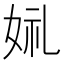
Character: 𫰣